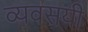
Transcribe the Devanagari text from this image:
व्यवसयी